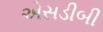
એસડીબી